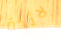
لائحة